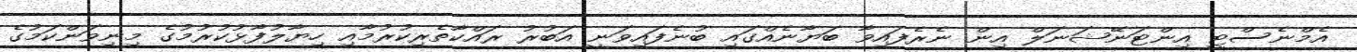
އެމްނެސްޓީ އިންޓަނޭޝަނަލް އިން ނެރެފައިވާ ބަޔާނެއްގައި ބުނެފައިވަނީ އަބުރު ރައްކާތެރިކުރުމާއި ހިޔާލުފާޅުކުރުމުގެ މިނިވަންކަމުގެ